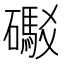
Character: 礟